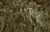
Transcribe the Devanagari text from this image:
स्प्रू